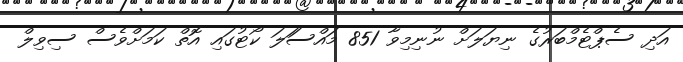
އަދި ސެޕްޓެމްބަރުގެ ނިޔަލަށް ނުނިމިވާ 851 މައްސަަލަ ކޯޓުގައި އޮތް ކަމަށްވެސް ސިވިލް